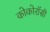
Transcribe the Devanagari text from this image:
कोकोरॉसी